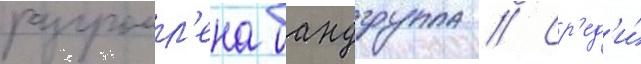
разгромл'ена бандгруппа // Ср'ед'и́